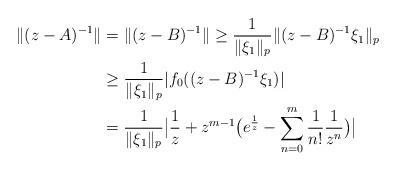
LaTeX: \begin{align*}\|(z-A)^{-1}\|&=\|(z-B)^{-1}\|\geq \frac{1}{\|\xi_1\|_p}\|(z-B)^{-1}\xi_1\|_p\\&\geq \frac{1}{\|\xi_1\|_p}|f_0((z-B)^{-1}\xi_1)|\\&=\frac{1}{\|\xi_1\|_p}\big|\frac{1}{z}+z^{m-1}\big(e^{\frac{1}{z}}-\sum\limits_{n=0}^{m}\frac{1}{n!}\frac{1}{z^n}\big)\big|\end{align*}